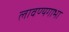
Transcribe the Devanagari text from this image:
लावण्यगाभा